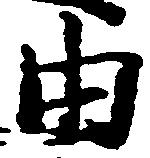
由